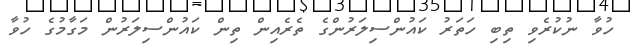
ހުވާ ނުކުރެވި ތިބި ހަތަރު ކައުންސިލަރުންގެ ތެރެއިން ތިން ކައުންސިލަރުން މަގާމުގެ ހުވާ